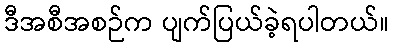
ဒီအစီအစဉ်က ပျက်ပြယ်ခဲ့ရပါတယ်။